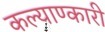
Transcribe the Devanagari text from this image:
कल्याण्कारी